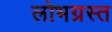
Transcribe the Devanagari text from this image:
लोभग्रस्त